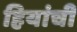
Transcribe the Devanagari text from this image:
हियांची